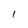
Character: I